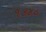
૧૩૪૦